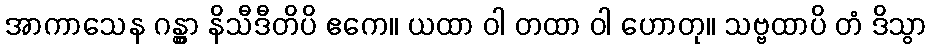
အာကာသေန ဂန္တွာ နိသီဒီတိပိ ဧကေ။ ယထာ ဝါ တထာ ဝါ ဟောတု။ သဗ္ဗထာပိ တံ ဒိသွာ